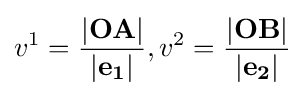
v^{1}={\frac {\vert \mathbf {OA} \vert }{\vert \mathbf {e_{1}} \vert }},v^{2}={\frac {\vert \mathbf {OB} \vert }{\vert \mathbf {e_{2}} \vert }}